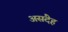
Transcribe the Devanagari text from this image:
असंदेह